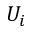
U _ { i }